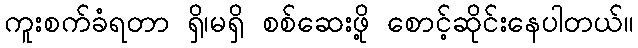
ကူးစက်ခံရတာ ရှိ၊မရှိ စစ်ဆေးဖို့ စောင့်ဆိုင်းနေပါတယ်။